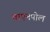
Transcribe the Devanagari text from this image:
वाएनपोल